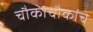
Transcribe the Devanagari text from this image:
चौकाचौकांचे